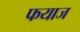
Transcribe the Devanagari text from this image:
फयाज